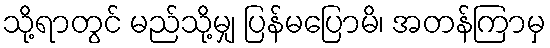
သို့ရာတွင် မည်သို့မျှ ပြန်မပြောမိ၊ အတန်ကြာမှ